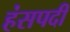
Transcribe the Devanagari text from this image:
हंसपदी